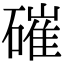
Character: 磪